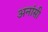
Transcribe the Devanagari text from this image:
अनांसी